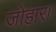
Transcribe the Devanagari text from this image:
जोहार।